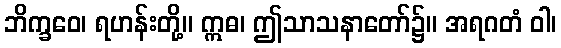
ဘိက္ခဝေ၊ ရဟန်းတို့။ ဣဓ၊ ဤသာသနာတော်၌။ အရဂတံ ဝါ၊